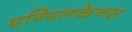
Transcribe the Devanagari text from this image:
एन्ग्लिकेनस